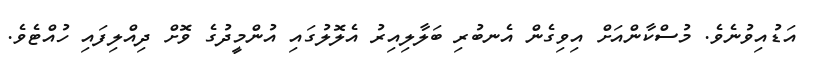
އަޑުއިވުނެވެ. މުސްކާންއަށް އިވިގެން އެނބުރި ބަލާލިއިރު އެލޮލުގައި އުންމީދުގެ ވޮށް ދިއްލިފައި ހުއްޓެވެ.